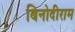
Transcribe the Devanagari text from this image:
बिनोदीराम